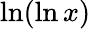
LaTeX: \ln(\ln x)